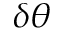
\delta \theta